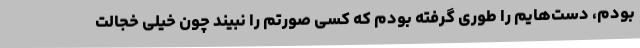
بودم، دست‌هایم را طوری گرفته بودم که کسی صورتم را نبیند چون خیلی خجالت